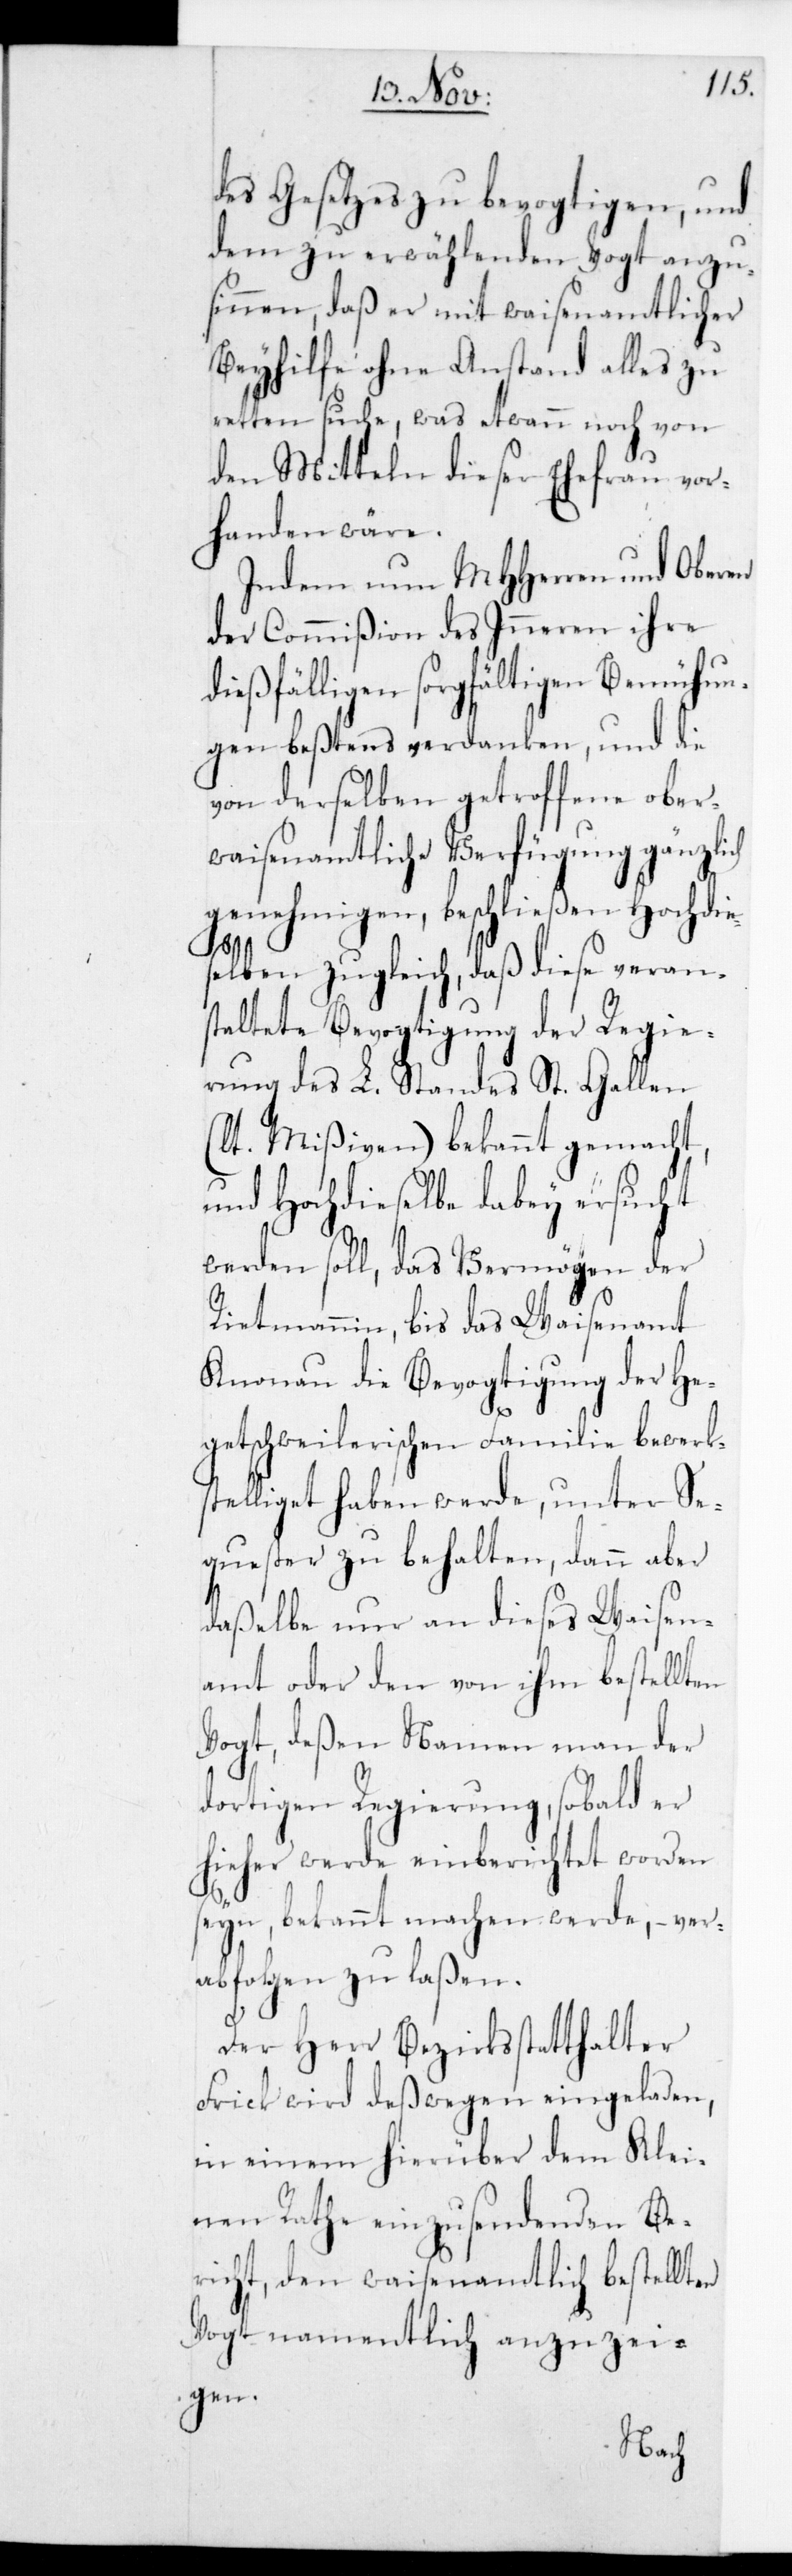
des Gesetzes zu bevogtigen, und
dem zu erwählenden Vogt anzu¬
sinnen, daß er mit waisenamtlicher
Beyhilfe ohne Anstand alles zu
retten suche, was etwann noch von
den Mitteln dieser Ehefrau vor¬
handen wäre.
Indem nun MHHerren und Oberen
der Commißion des Inneren ihre
dießfälligen sorgfältigen Bemühun¬
gen beßtens verdanken, und die
von derselben getroffene ober¬
waisenamtliche Verfügung gänzlich
genehmigen, beschließen Hochdie¬
selben zugleich, daß diese veran¬
staltete Bevogtigung der Regie¬
rung des L. Standes St. Gallen
(lt. Mißiven) bekannt gemacht,
und Hochdieselbe dabey ersucht
werden soll, das Vermögen der
Rietmannin, bis das Waisenamt
Knonau die Bevogtigung der He¬
getschweilerischen Familie bewerk¬
stelliget haben werde, unter Se¬
quester zu behalten, dann aber
daßelbe nur an dieses Waisen¬
amt oder den von ihm bestellten
Vogt, deßen Namen man der
dortigen Regierung, sobald er
hieher werde einberichtet worden
seyn, bekannt machen werde, – ver¬
abfolgen zu laßen.
Der Herr Bezirksstatthalter
Frick wird deswegen eingeladen,
in einem hierüber dem Klei¬
nen Rathe einzusendenden Be¬
richt, den waisamtlich bestellten
Vogt namentlich anzuzei¬
gen.